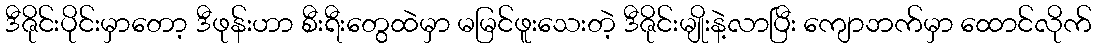
ဒီဇိုင်းပိုင်းမှာတော့ ဒီဖုန်းဟာ စီးရီးတွေထဲမှာ မမြင်ဖူးသေးတဲ့ ဒီဇိုင်းမျိုးနဲ့လာပြီး ကျောဘက်မှာ ထောင်လိုက်